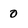
Character: 0